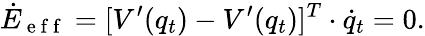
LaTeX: \dot{E}_{\mathrm{~e~f~f~}}=[V^{\prime}(q_{t})-V^{\prime}(q_{t})]^{T}\cdot\dot{q}_{t}=0.